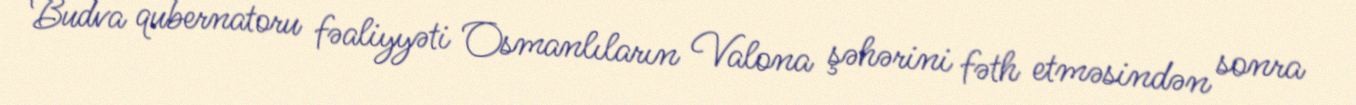
Budva qubernatoru fəaliyyəti Osmanlıların Valona şəhərini fəth etməsindən sonra